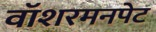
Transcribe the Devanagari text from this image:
वॉशरमनपेट